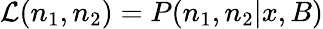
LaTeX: {\cal L}(n_{1},n_{2})=P(n_{1},n_{2}|x,B)